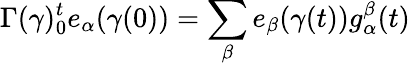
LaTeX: \Gamma(\gamma)_{0}^{t}e_{\alpha}(\gamma(0))=\sum_{\beta}e_{\beta}(\gamma(t))g_{\alpha}^{\beta}(t)